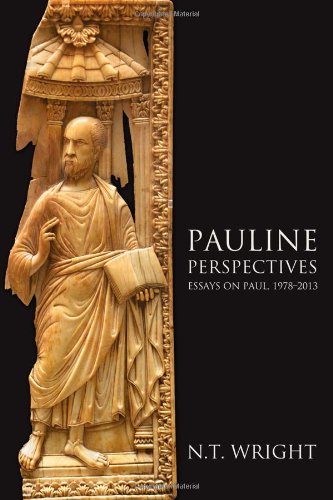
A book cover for Pauline Perspectives: Essays on Paul, 1978EE-2013; N. T. Wright; Christian Books & Bibles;